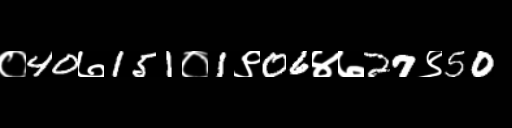
Text: ०40७151०1९06४७27९50